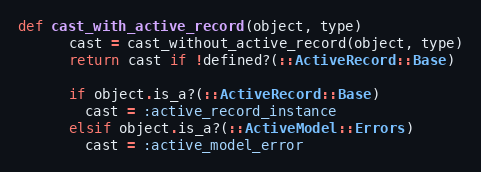
Language: Ruby
def cast_with_active_record(object, type)
      cast = cast_without_active_record(object, type)
      return cast if !defined?(::ActiveRecord::Base)

      if object.is_a?(::ActiveRecord::Base)
        cast = :active_record_instance
      elsif object.is_a?(::ActiveModel::Errors)
        cast = :active_model_error